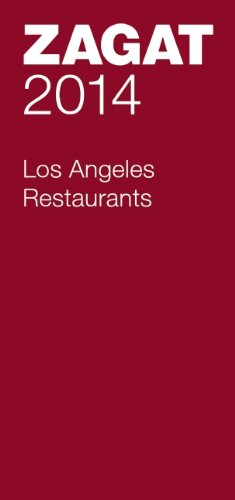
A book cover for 2014 Los Angeles Restaurants (Zagat Survey Los Angeles/Southern California Restaurants); Travel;